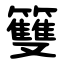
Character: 䉶